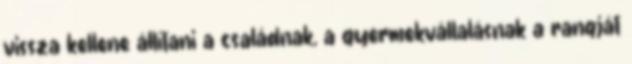
vissza kellene állítani a családnak, a gyermekvállalásnak a rangját